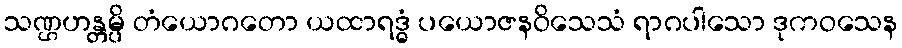
သဏ္ဌဟန္တမ္ပိ တံယောဂတော ယထာရဒ္ဓံ ပယောဇနဝိသေသံ ရာဂပါသော ဒုကဝသေန